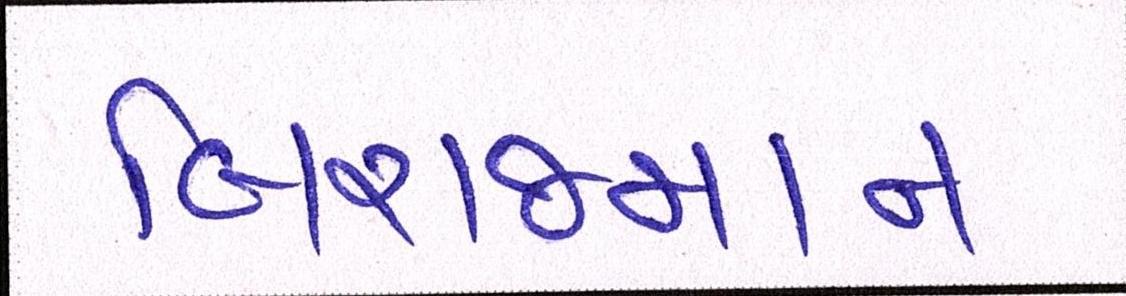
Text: બિરાજમાન